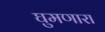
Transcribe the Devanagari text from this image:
घुमणारा